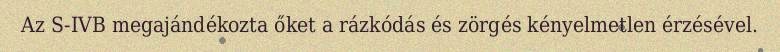
Az S-IVB megajándékozta őket a rázkódás és zörgés kényelmetlen érzésével.